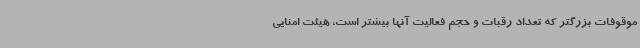
موقوفات بزرگتر که تعداد رقبات و حجم فعالیت آنها بیشتر است، هیئت امنایی